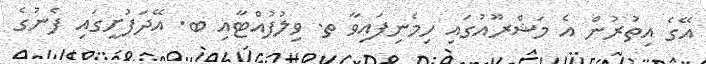
އޭގެ އިތުރުން އެ މަޝްރޫއުގައި ހިމެނިފައިވާ ތ. ވިލުފުއްޓާއި ބ. އޭދަފުށީގައި ފެނުގެ